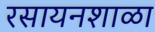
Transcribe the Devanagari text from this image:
रसायनशाळा